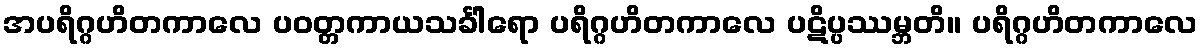
အပရိဂ္ဂဟိတကာလေ ပဝတ္တကာယသင်္ခါရော ပရိဂ္ဂဟိတကာလေ ပဋိပ္ပဿမ္ဘတိ။ ပရိဂ္ဂဟိတကာလေ